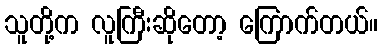
သူတို့က လူကြီးဆိုတော့ ကြောက်တယ်။